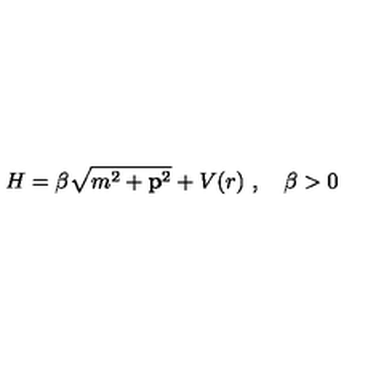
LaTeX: H = \beta \sqrt { m ^ { 2 } + { \bf p } ^ { 2 } } + V ( r ) \ , \quad \beta > 0 \,